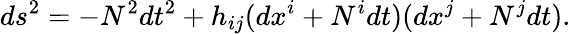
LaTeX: ds^{2}=-N^{2}dt^{2}+h_{ij}(dx^{i}+N^{i}dt)(dx^{j}+N^{j}dt).